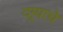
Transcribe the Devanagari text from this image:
दग्र्याचे